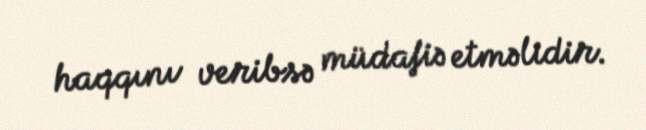
haqqını veribsə müdafiə etməlidir.